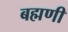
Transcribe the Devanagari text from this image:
बह्मणी